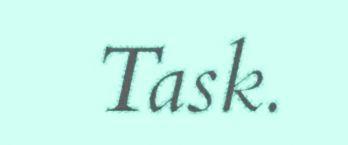
Task.